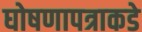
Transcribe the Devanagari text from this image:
घोषणापत्राकडे